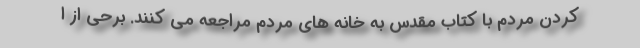
کردن مردم با کتاب مقدس به خانه های مردم مراجعه می کنند. برحی از ا